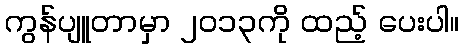
ကွန်ပျူတာမှာ ၂၀၁၃ကို ထည့် ပေးပါ။